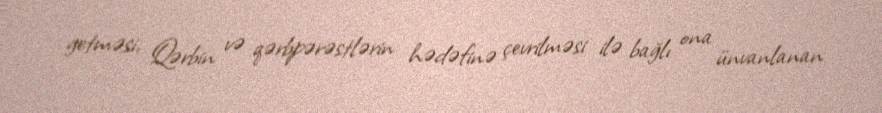
getməsi, Qərbin və qərbpərəstlərin hədəfinə çevrilməsi ilə bağlı ona ünvanlanan